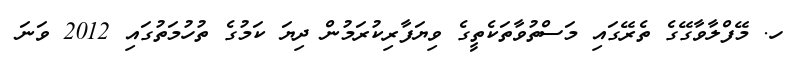
ހ. މޭފްލާވާގޭގެ ތެރޭގައި މަސްތުވާތަކެތީގެ ވިޔަފާރިކުރަމުން ދިޔަ ކަމުގެ ތުހުމަތުގައި 2012 ވަނަ